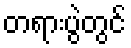
တရားပွဲတွင်